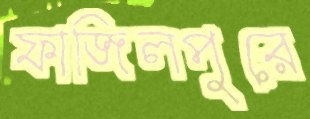
ফাজিলপুরে